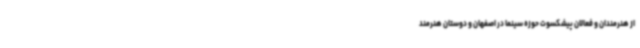
از هنرمندان و فعالان پیشکسوت حوزه سینما در اصفهان و دوستان هنرمند